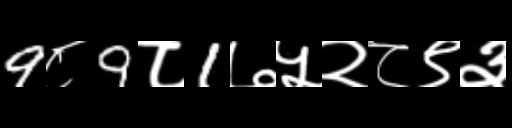
Text: 9८9८1७५२८९३